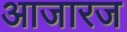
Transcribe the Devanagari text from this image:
आजारज